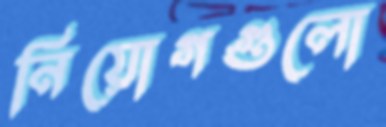
নিয়োগগুলো